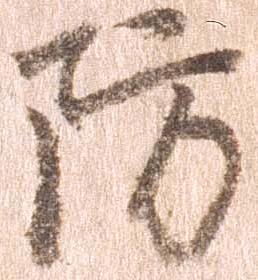
防